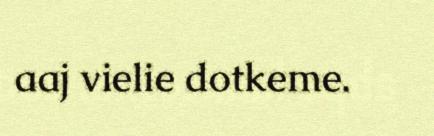
aaj vielie dotkeme.